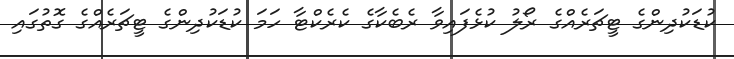
ކުޑަކުދިންގެ ޓީޗަރެއްގެ ރޯލު ކުޅެފައިވާ ރެބެކާގެ ކެރެކްޓާ ހަމަ ކުޑަކުދިންގެ ޓީޗަރެއްގެ ގޮތުގައި